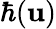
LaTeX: \hbar(\mathbf{u})